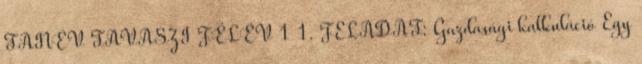
TANÉV TAVASZI FÉLÉV 1 1. FELADAT: Gazdasági kalkuláció Egy